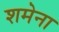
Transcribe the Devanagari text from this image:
शमेना